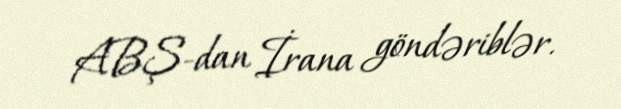
ABŞ-dan İrana göndəriblər.